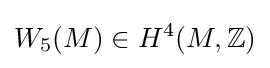
W_{5}(M)\in H^{4}(M,\mathbb {Z} )